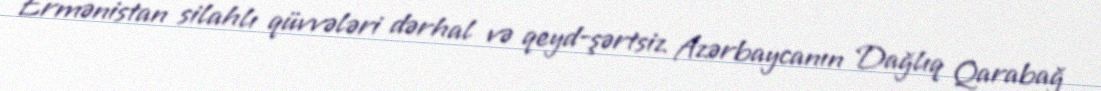
Ermənistan silahlı qüvvələri dərhal və qeyd-şərtsiz Azərbaycanın Dağlıq Qarabağ